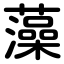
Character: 藻